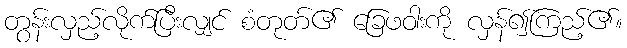
တွန်းလှည့်လိုက်ပြီးလျှင် စံတုတ်၏ ခြေဖဝါးကို လှန်၍ကြည့်၏။